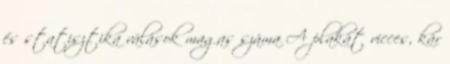
és statisztika válások magas száma A plakát vicces, kár